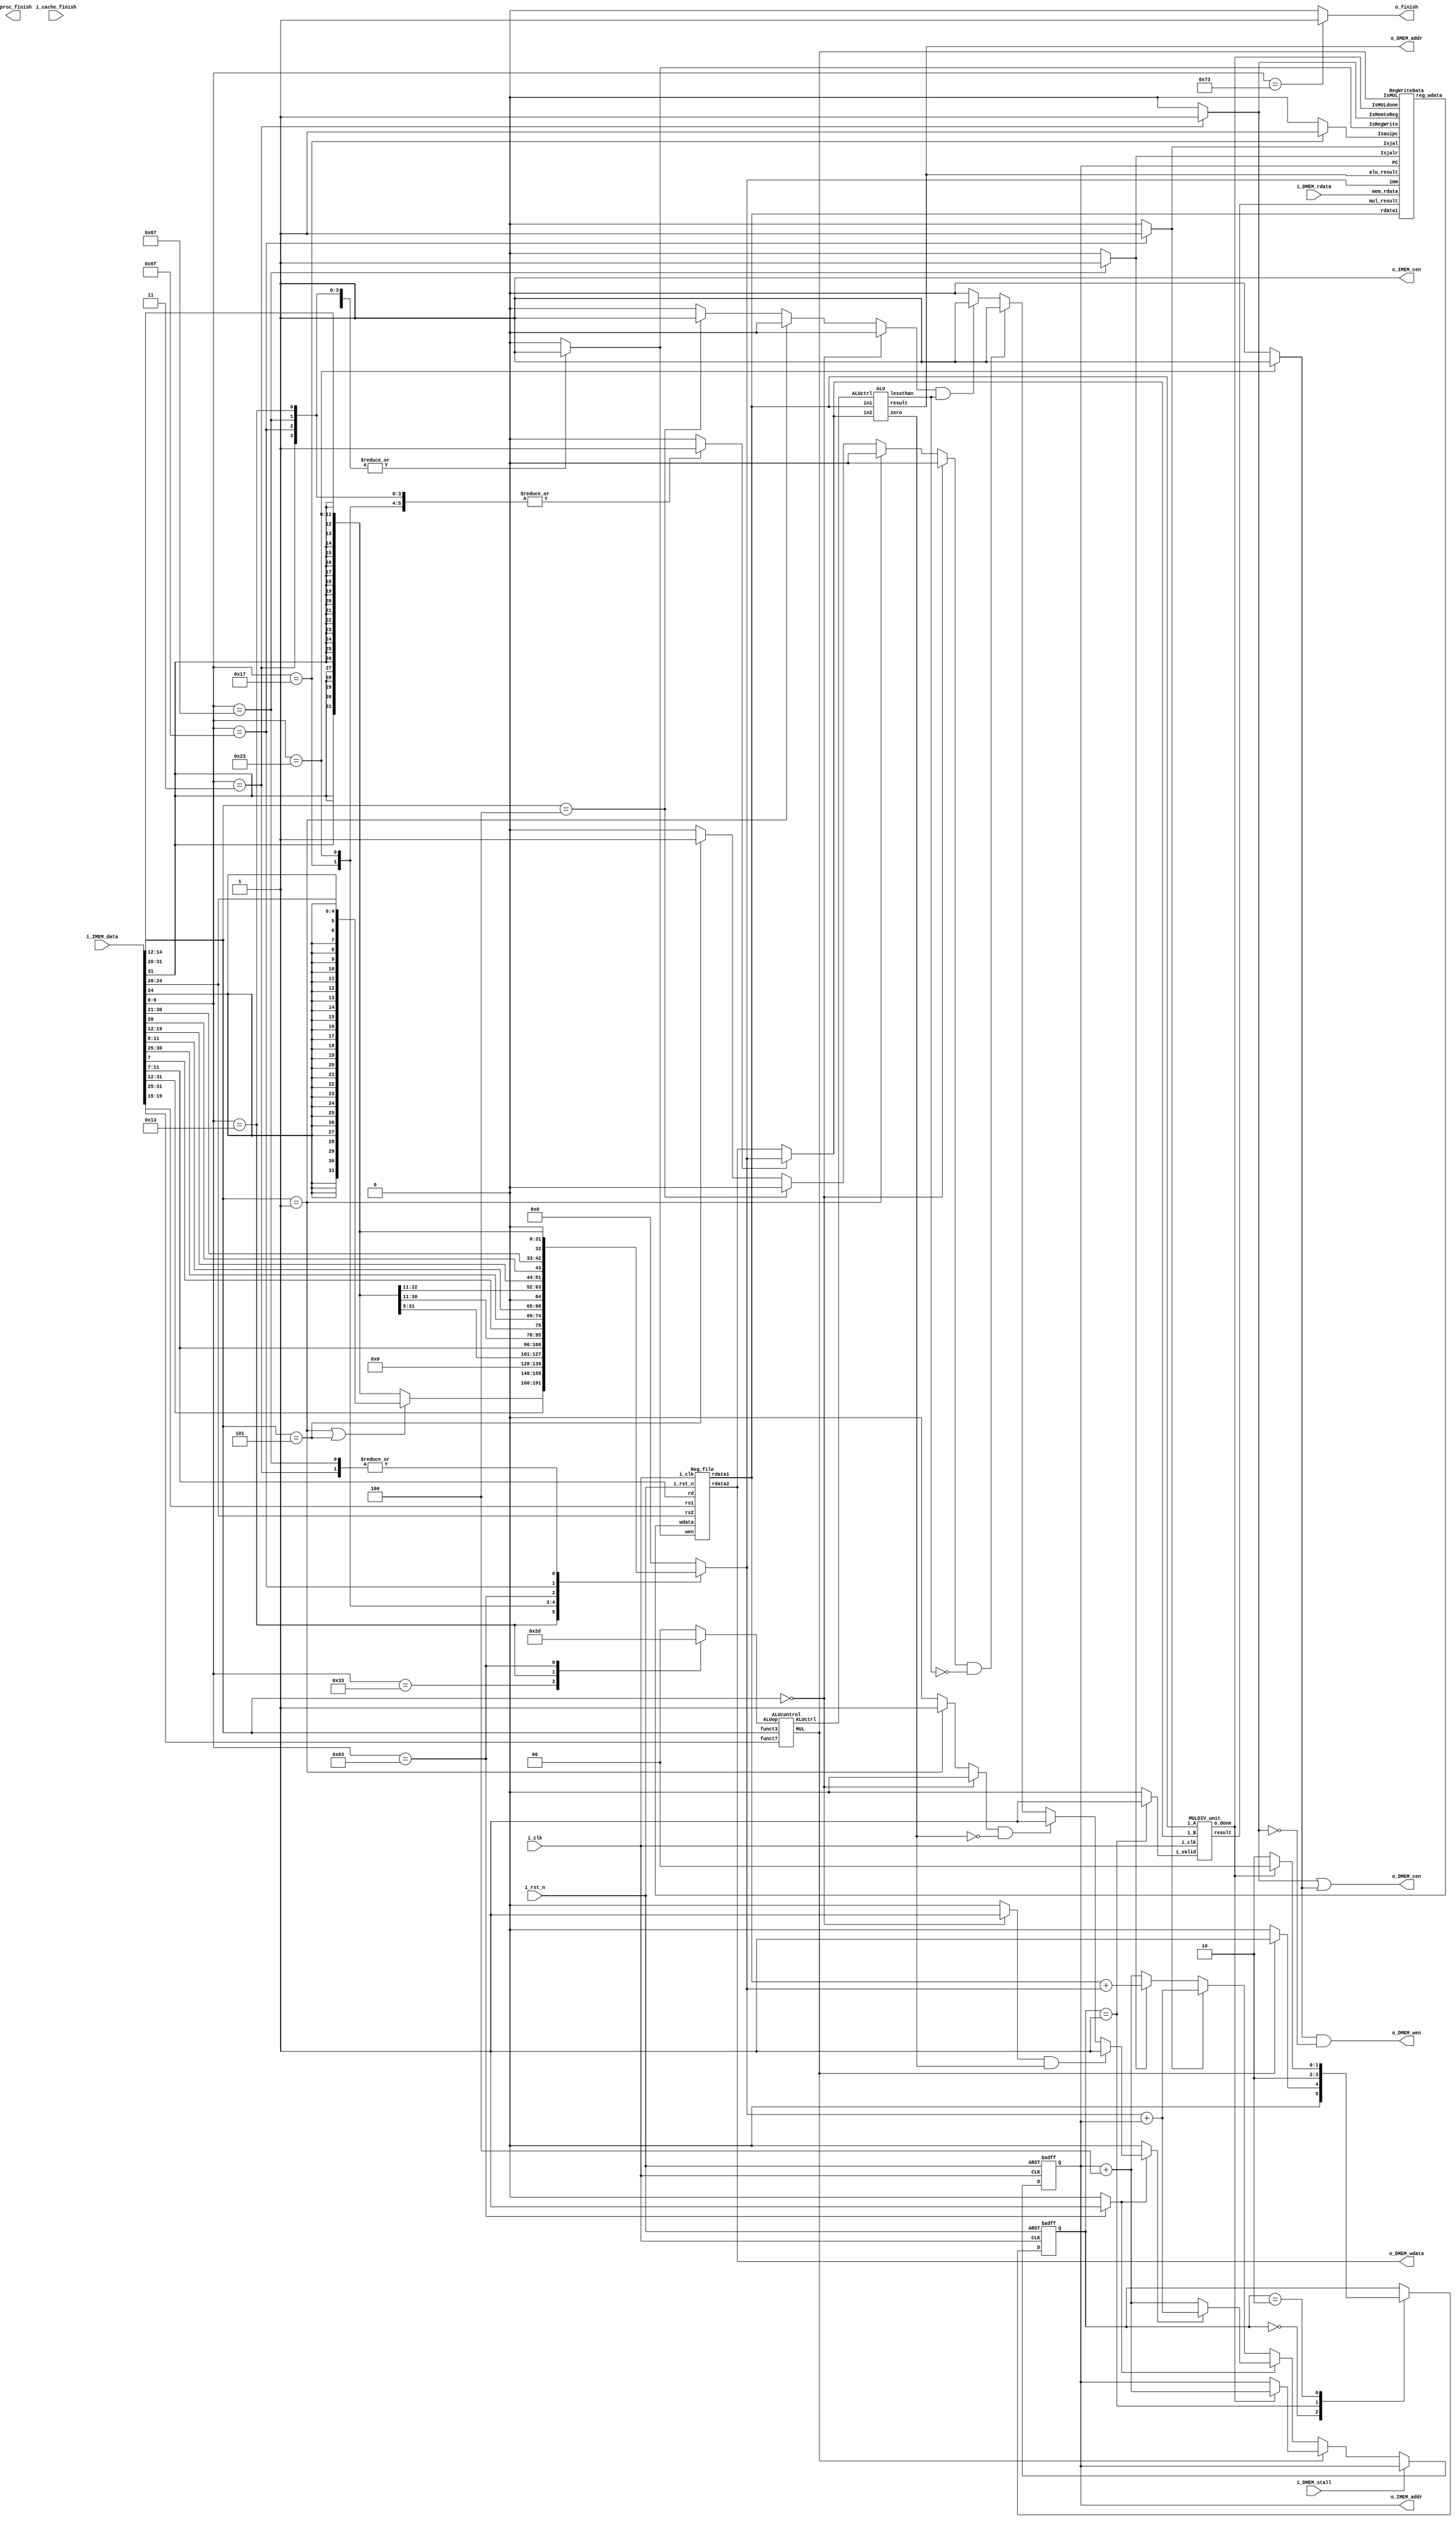
//----------------------------- DO NOT MODIFY THE I/O INTERFACE!! ------------------------------//
module CHIP #(                                                                                  //
    parameter BIT_W = 32                                                                        //
)(                                                                                              //
    // clock                                                                                    //
        input               i_clk,                                                              //
        input               i_rst_n,                                                            //
    // instruction memory                                                                       //
        input  [BIT_W-1:0]  i_IMEM_data,                                                        //
        output [BIT_W-1:0]  o_IMEM_addr,                                                        //
        output              o_IMEM_cen,                                                         //
    // data memory                                                                              //
        input               i_DMEM_stall,                                                       //
        input  [BIT_W-1:0]  i_DMEM_rdata,                                                       //
        output              o_DMEM_cen,                                                         //
        output              o_DMEM_wen,                                                         //
        output [BIT_W-1:0]  o_DMEM_addr,                                                        //
        output [BIT_W-1:0]  o_DMEM_wdata,                                                       //
    // finnish procedure                                                                        //
        output              o_finish,                                                           //
    // cache                                                                                    //
        input               i_cache_finish,                                                     //
        output              o_proc_finish                                                       //
);                                                                                              //
//----------------------------- DO NOT MODIFY THE I/O INTERFACE!! ------------------------------//

// ------------------------------------------------------------------------------------------------------------------------------------------------------
// Parameters
// ------------------------------------------------------------------------------------------------------------------------------------------------------

    // TODO: any declaration
    // opcode
    parameter R_type = 7'b0110011; // add, sub, and, xor, mul
    parameter I_type = 7'b0010011; // addi, slli, slti, srai(not including lw and jalr)
    parameter auipc_type  = 7'b0010111; // auipc
    parameter sw_type = 7'b0100011; // sw
    parameter lw_type = 7'b0000011; // lw
    parameter B_type = 7'b1100011; // beq, bge, blt, bne
    parameter jal_type = 7'b1101111; // jal
    parameter jalr_type = 7'b1100111; // jalr
    parameter ecall_type = 7'b1110011; // ecall
    //state
    parameter S_IDLE = 2'd0;
    parameter S_MUL_init = 2'd1;
    parameter S_MUL = 2'd2;

// ------------------------------------------------------------------------------------------------------------------------------------------------------
// Wires and Registers
// ------------------------------------------------------------------------------------------------------------------------------------------------------
    
    // TODO: any declaration
    reg [BIT_W-1:0] PC, next_PC;
    reg [31:0] imm;

    //wire mem_cen, mem_wen;
    //wire [BIT_W-1:0] mem_addr, mem_wdata, mem_rdata;
    //wire mem_stall;
    wire [6:0] opcode;
    wire [2:0] funct3;
    wire [6:0] funct7;
    wire [4:0] rs1, rs2, rd;

    wire [BIT_W-1:0] reg_rdata_1, reg_rdata_2, reg_wdata, alu_in1, alu_in2, alu_result, mul_result;
    //control signal
    wire zero, lessthan, goBranch, IsMUL, MULdone;
    reg Branch, MemRead, MemtoReg, MemWrite, ALUsrc, RegWrite, Isecall;
    reg [1:0] ALUop;
    wire [2:0] ALUctrl;
    reg dojal, dojalr, auipc_ctrl, isbeq, isbne, isblt, isbge;
    reg goBranch_reg;
    //mul
    reg [1:0] state, state_nxt;
    reg mul_valid_reg;
    wire mul_valid;
        


// ------------------------------------------------------------------------------------------------------------------------------------------------------
// Continuous Assignment
// ------------------------------------------------------------------------------------------------------------------------------------------------------
    // TODO: any wire assignment
    assign o_IMEM_cen = 1'b1;
    assign o_IMEM_addr = PC;
    assign opcode = i_IMEM_data[6:0];
    assign funct3 = i_IMEM_data[14:12];
    assign funct7 = i_IMEM_data[31:25];
    assign rs2 = i_IMEM_data[24:20];
    assign rs1 = i_IMEM_data[19:15];
    assign rd = i_IMEM_data[11:7];
    assign goBranch = goBranch_reg;
    //assignment for alu
    assign alu_in1 = reg_rdata_1;
    assign alu_in2 = (ALUsrc)? imm : reg_rdata_2;
    //assignment for memory
    assign o_DMEM_cen = MemRead | MemWrite;
    assign o_DMEM_wen = MemWrite & (~MemRead);
    assign o_DMEM_addr = alu_result;
    assign o_DMEM_wdata = reg_rdata_2;
    //assignment for mul
    assign mul_valid = mul_valid_reg;
    //assignment for finish
    assign o_finish = Isecall;
// ------------------------------------------------------------------------------------------------------------------------------------------------------
// Submoddules
// ------------------------------------------------------------------------------------------------------------------------------------------------------
    ALU alu(
        .in1(alu_in1), 
        .in2(alu_in2), 
        .ALUctrl(ALUctrl), 
        .result(alu_result), 
        .zero(zero), 
        .lessthan(lessthan)
    );
    MULDIV_unit mul(
        .result(mul_result), 
        .o_done(MULdone), 
        .i_clk(i_clk), 
        .i_valid(mul_valid), 
        .i_A(alu_in1), 
        .i_B(alu_in2)
    );
    ALUcontrol alucontrol(
        .ALUop(ALUop), 
        .MUL(IsMUL), 
        .ALUctrl(ALUctrl), 
        .funct7(funct7), 
        .funct3(funct3)
    );
    RegWriteData regwd(
        .Isjal(dojal), 
        .Isjalr(dojalr), 
        .Isauipc(auipc_ctrl), 
        .IsMemtoReg(MemtoReg), 
        .IsRegWrite(RegWrite), 
        .reg_wdata(reg_wdata), 
        .IsMUL(IsMUL),
        .IsMULdone(MULdone),
        .PC(PC), 
        .imm(imm), 
        .mem_rdata(i_DMEM_rdata), 
        .alu_result(alu_result),
        .mul_result(mul_result),
        .rdata1(alu_in1)
    );
    // TODO: Reg_file wire connection
    Reg_file reg0(               
        .i_clk  (i_clk),             
        .i_rst_n(i_rst_n),         
        .wen    (RegWrite),          
        .rs1    (rs1),                
        .rs2    (rs2),                
        .rd     (rd),                 
        .wdata  (reg_wdata),             
        .rdata1 (reg_rdata_1),           
        .rdata2 (reg_rdata_2)
    );

// ------------------------------------------------------------------------------------------------------------------------------------------------------
// Always Blocks
// ------------------------------------------------------------------------------------------------------------------------------------------------------
    
    // Todo: any combinational/sequential circuit
    
    // Control 
    // reg Branch, MemRead, MemtoReg, MemWrite, ALUsrc, RegWrite;
    always @(*) begin
        ALUsrc = 0;
        RegWrite = 0;
        Branch = 0;
        MemtoReg = 0;
        MemWrite = 0;
        MemRead = 0;
        dojal = 0;
        dojalr = 0;
        Isecall = 0;
        auipc_ctrl = 0;
        ALUop = 2'b0;
        // will use ALU: lw,sw,B_type,R_type,I_type
        // ALUop=00:lw,sw 01:B_type 10:R_type 11:I_type
        case(opcode)
            R_type: begin
                ALUsrc = 0;
                RegWrite = 1;
                ALUop = 2'b10;
                MemWrite = 0;
                MemRead = 0;
                MemtoReg = 0;
            end
            I_type: begin // addi, slli, slti, srai
                ALUsrc = 1;
                ALUop = 2'b11;
                RegWrite = 1;
                MemWrite = 0;
                MemRead = 0;
                MemtoReg = 0;
            end
            auipc_type: begin
                ALUsrc = 1;
                ALUop = 2'b0;
                RegWrite = 1; // rd stores pc+imm
                MemWrite = 0;
                MemRead = 0;
                MemtoReg = 0;
                auipc_ctrl = 1;
            end
            sw_type: begin
                ALUsrc = 1;
                ALUop = 2'b0;  
                RegWrite = 0;
                MemWrite = 1;
                MemRead = 0;
                MemtoReg = 0;
            end
            lw_type: begin
                ALUsrc = 1;
                ALUop = 2'b0;
                RegWrite = 1;
                MemWrite = 0;
                MemRead = 1;
                MemtoReg = 1;
            end
            B_type: begin
                ALUsrc = 0;
                ALUop = 2'b01;
                RegWrite = 0;
                MemWrite = 0;
                MemRead = 0;
                MemtoReg = 0;
                Branch = 1; // branch
            end
            jal_type: begin
                ALUsrc = 1;
                ALUop = 2'b0;
                RegWrite = 1; // write pc+4 to rd
                MemWrite = 0;
                MemRead = 0;
                MemtoReg = 0;
                dojal = 1;
            end
            jalr_type: begin
                ALUsrc = 1;
                ALUop = 2'b0;
                RegWrite = 1; // write pc+4 to rd
                MemWrite = 0;
                MemRead = 0;
                MemtoReg = 0;
                dojalr = 1;
            end
            ecall_type: begin
                ALUsrc = 0;
                ALUop = 2'b0;
                RegWrite = 0; // write pc+4 to rd
                MemWrite = 0;
                MemRead = 0;
                MemtoReg = 0;
                dojalr = 0;
                Isecall = 1;
            end
        endcase
    end

    // determine beq, bne, blt, bge
    always@(*) begin
        isbeq = 0;
        isbne = 0;
        isblt = 0;
        isbge = 0;
        if(funct3 == 3'b000)
            isbeq = 1;
        else if(funct3 == 3'b001)
            isbne = 1;
        else if(funct3 == 3'b100)
            isblt = 1;
        else if(funct3 == 3'b101)
            isbge = 1;
    end
    
    
    // ImmGen part
    always@(*) begin
        imm = 0;
        case(opcode)
            I_type: begin // addi, slli, slti, srai
                if(funct3 == 3'b001 || funct3 == 3'b101) // slli, srai are different 
                    imm = {{27{i_IMEM_data[24]}}, i_IMEM_data[24:20]};
                else // addi, slti
                    imm = {{20{i_IMEM_data[31]}}, i_IMEM_data[31:20]}; // 12 bits imm, sign extension
            end
            auipc_type: 
                imm = {i_IMEM_data[31:12], 12'b0};
            sw_type: 
                imm = {{20{i_IMEM_data[31]}}, i_IMEM_data[31:25], i_IMEM_data[11:7]};
            lw_type: // lw is I-type
                imm = {{20{i_IMEM_data[31]}}, i_IMEM_data[31:20]}; 
            B_type: 
                imm = {{20{i_IMEM_data[31]}}, i_IMEM_data[7], i_IMEM_data[30:25], i_IMEM_data[11:8], 1'b0}; 
            jal_type:
                imm = {{12{i_IMEM_data[31]}}, i_IMEM_data[19:12], i_IMEM_data[20], i_IMEM_data[30:21], 1'b0};
            jalr_type: // jalr is I-type
                imm = {{20{i_IMEM_data[31]}}, i_IMEM_data[31:20]};
        endcase
    end
    //FSM for mul
    always @(*) begin
        case(state)
            S_IDLE: begin 
                state_nxt = (IsMUL) ? S_MUL_init: S_IDLE;
                mul_valid_reg = 1'b0;
            end
            S_MUL_init: begin
                state_nxt = S_MUL;
                mul_valid_reg = 1'b1;
            end
            S_MUL: begin
                state_nxt = (MULdone) ? S_IDLE: S_MUL;
                mul_valid_reg = 1'b0;
            end          
            default : begin
                state_nxt = state;
                mul_valid_reg = 1'b0;
            end
        endcase
    end
    always @(posedge i_clk or negedge i_rst_n) begin
        if (!i_rst_n) begin
            state <= 32'b0;
        end
        else begin
            state <= state_nxt;
        end
    end
    //Determine when to goBranch
    always @(*) begin
        goBranch_reg = 1'b0;
        if (Branch) begin
            if(isbeq && zero)
                goBranch_reg = 1'b1;
            else if(isbne && ~zero)
                goBranch_reg = 1'b1;
            else if(isbge && ~lessthan)
                goBranch_reg = 1'b1;
            else if(isblt && lessthan)
                goBranch_reg = 1'b1;
            else 
                goBranch_reg = 1'b0;
        end
    end
    // deal with PC change
    always @(*) begin
        // PCadd4 = PC + 4;
        if(i_DMEM_stall)
            next_PC = PC;
        else if(IsMUL) begin // MUL
            if(MULdone)
                next_PC = PC + 32'd4;
            else
                next_PC = PC;
        end
        else if(Branch) // B-type
            next_PC = (goBranch) ? (imm + PC) : (PC + 32'd4); // goBranch from
        else if(dojal) // jal
            next_PC = PC + imm; // PC + offset
        else if(dojalr) // jalr
            next_PC = reg_rdata_1 + imm; // set PC = rs1 + offset
        else
            next_PC = PC + 32'd4;
    end

    always @(posedge i_clk or negedge i_rst_n) begin
        if (!i_rst_n) begin
            PC <= 32'h00010000; // Do not modify this value!!!
        end
        else begin
            PC <= next_PC;
        end
    end

    
endmodule

module Reg_file(i_clk, i_rst_n, wen, rs1, rs2, rd, wdata, rdata1, rdata2);
   
    parameter BITS = 32;
    parameter word_depth = 32;
    parameter addr_width = 5; // 2^addr_width >= word_depth
    
    input i_clk, i_rst_n, wen; // wen: 0:read | 1:write
    input [BITS-1:0] wdata;
    input [addr_width-1:0] rs1, rs2, rd;

    output [BITS-1:0] rdata1, rdata2;

    reg [BITS-1:0] mem [0:word_depth-1];
    reg [BITS-1:0] mem_nxt [0:word_depth-1];

    integer i;

    assign rdata1 = mem[rs1];
    assign rdata2 = mem[rs2];

    always @(*) begin
        for (i=0; i<word_depth; i=i+1)
            mem_nxt[i] = (wen && (rd == i)) ? wdata : mem[i];
    end

    always @(posedge i_clk or negedge i_rst_n) begin
        if (!i_rst_n) begin
            mem[0] <= 0;
            for (i=1; i<word_depth; i=i+1) begin
                case(i)
                    32'd2: mem[i] <= 32'hbffffff0;
                    32'd3: mem[i] <= 32'h10008000;
                    default: mem[i] <= 32'h0;
                endcase
            end
        end
        else begin
            mem[0] <= 0;
            for (i=1; i<word_depth; i=i+1)
                mem[i] <= mem_nxt[i];
        end       
    end
endmodule
module ALUcontrol(MUL, ALUctrl, funct7, funct3, ALUop);
    input [1:0] ALUop;
    input [2:0] funct3;
    input [6:0] funct7;
    output [2:0] ALUctrl;
    output MUL;
    reg [2:0] ALUctrl;
    reg MUL;

    parameter ADD  = 3'd0;
    parameter SUB  = 3'd1;
    parameter AND  = 3'd2;
    parameter XOR  = 3'd3;
    parameter SLT  = 3'd4;
    parameter SRA  = 3'd5;
    parameter SLL  = 3'd6;
    always @(*) begin
        ALUctrl = 3'd7;
        MUL = 1'b0;
        case (ALUop)
            2'b00: ALUctrl = ADD;
            2'b01: ALUctrl = SUB;
            2'b10: case (funct3)
                3'b000: begin
                    if(funct7[5]&&~funct7[0])       //func7 = 0100000
                        ALUctrl = SUB;
                    else if(~funct7[5]&&~funct7[0]) //func7 = 0000000
                        ALUctrl = ADD;
                    else                          //func7 = 0000001
                        MUL = 1'b1;
                end
                3'b001: ALUctrl = SLL;
                3'b010: ALUctrl = SLT;
                3'b100: ALUctrl = XOR;
                3'b101: ALUctrl = SRA;
                3'b111: ALUctrl = AND;
                endcase
            2'b11: case (funct3)
                3'b000: ALUctrl = ADD;
                3'b001: ALUctrl = SLL;
                3'b010: ALUctrl = SLT;
                3'b101: ALUctrl = SRA;
                endcase
            default:begin
                ALUctrl = 3'd7;
                MUL = 1'b0;
            end
        endcase
    end
endmodule

module RegWriteData (
    Isjal, Isjalr, Isauipc, IsMemtoReg, IsRegWrite, IsMUL, IsMULdone, reg_wdata, PC, imm, mem_rdata, alu_result, mul_result, rdata1
);
    input Isjal, Isjalr, Isauipc, IsMemtoReg, IsRegWrite, IsMUL, IsMULdone;
    input  [31:0] PC, imm, mem_rdata, alu_result, mul_result, rdata1;
    output [31:0] reg_wdata;
    reg [31:0] wdata;
    assign reg_wdata = wdata;

    always @(*) begin
        if(IsRegWrite) begin
            if(IsMemtoReg)            //store
                wdata = mem_rdata;
            else if(Isjal | Isjalr)   //jal or jalr
                wdata = PC + 32'd4;
            else if(Isauipc)          //auipc
                wdata = PC + imm;
            else if(IsMUL)
                wdata = IsMULdone? mul_result : rdata1;
            else                      //R_type or I_type
                wdata = alu_result;
        end
        else
            wdata = 32'b0;
    end
endmodule

module ALU(in1, in2, ALUctrl, result, zero, lessthan);
    parameter DATA_W = 32;
    input  [DATA_W-1:0] in1; 
    input  [DATA_W-1:0] in2;
    input  [2:0]        ALUctrl;
    output [DATA_W-1:0] result;
    output              zero, lessthan;

    parameter ADD   = 3'd0;
    parameter SUB   = 3'd1;
    parameter AND   = 3'd2;
    parameter XOR   = 3'd3;
    parameter SLT   = 3'd4;
    parameter SRA   = 3'd5;
    parameter SLL   = 3'd6;
    parameter DONTH = 3'd7;

    wire signed [DATA_W-1: 0] signed_in1, signed_in2;
    reg [DATA_W-1:0] result_reg;
    reg zero_reg, lessthan_reg;

    
    assign signed_in1 = in1;
    assign signed_in2 = in2;
    assign result = result_reg[DATA_W-1:0];
    assign zero = zero_reg;
    assign lessthan = lessthan_reg;
    
    always @(*) begin
        case (ALUctrl)
            ADD: begin
                result_reg = in1 + in2;
                zero_reg = 1'b0;
                lessthan_reg = 1'b0;
                //overflow
                if (in1[31] == in2[31]) begin
                    if (~in1[31] && result_reg[31]) result_reg = {1'b0,{31{1'b1}}};
                    else if (in1[31] && ~result_reg[31]) result_reg = {1'b1,{31{1'b0}}};
                end
            end
            SUB: begin
                result_reg = signed_in1 - signed_in2;
                zero_reg = 1'b0;
                lessthan_reg = 1'b0;
                //overflow
                if (in1[31] != in2[31]) begin
                    if (~in1[31] && in2[31] && result_reg[31]) result_reg = {1'b0,{31{1'b1}}};
                    else if (in1[31] && ~in2[31] && ~result_reg[31]) result_reg = {1'b1,{31{1'b0}}};
                end
                //zero for beq, bne
                if(result_reg == 32'b0) zero_reg = 1'b1;
                else zero_reg = 1'b0;
                //lessthan for bge, blt
                if(result_reg[31] == 1'b1) lessthan_reg = 1'b1;
                else lessthan_reg = 1'b0;
            end
            AND: begin 
                result_reg = in1 & in2;
                zero_reg = 1'b0;
                lessthan_reg = 1'b0;
            end
            XOR: begin
                result_reg = in1 ^ in2;
                zero_reg = 1'b0;
                lessthan_reg = 1'b0;
            end
            SLT: begin 
                result_reg = (signed_in1 < signed_in2)? 32'b1:32'b0;
                zero_reg = 1'b0;
                lessthan_reg = 1'b0;
            end
            SRA: begin 
                result_reg = {{32{in1[31]}},in1} >> in2;
                zero_reg = 1'b0;
                lessthan_reg = 1'b0;
            end
            SLL: begin 
                result_reg = in1 << in2;
                zero_reg = 1'b0;
                lessthan_reg = 1'b0;
            end
            default: begin 
                result_reg = 32'b0;
                zero_reg = 1'b0;
                lessthan_reg = 1'b0;
            end
        endcase
    end
endmodule


module MULDIV_unit(
    result, o_done, i_clk, i_valid, i_A, i_B
);
    // Todo: HW2
    parameter DATA_W = 32;
    input  i_clk, i_valid;
    input  [DATA_W - 1 : 0]     i_A;    // input operand A
    input  [DATA_W - 1 : 0]     i_B;    // input operand B
    output [DATA_W - 1 : 0]     result; // output value
    output                      o_done; // output valid signal
//Parameter
    //ALUctrl
    //state
    parameter S_IDLE           = 1'd0;
    parameter S_MULTI_CYCLE_OP = 1'd1;

    reg                  state, state_nxt;
    reg  [  DATA_W-1: 0] operand_a, operand_a_nxt;
    reg  [  DATA_W-1: 0] operand_b, operand_b_nxt;
    reg  [         5: 0] counter;
    reg  [  2*DATA_W: 0] result_reg;
    reg  o_done_reg;

    assign result[DATA_W-1:0] = result_reg[DATA_W-1:0];
    assign o_done = o_done_reg;

    always @(*) begin
        if (i_valid) begin
            operand_a_nxt = i_A;
            operand_b_nxt = i_B;
        end
        else begin
            operand_a_nxt = operand_a;
            operand_b_nxt = operand_b;
        end
    end
    //FSM
    always @(*) begin
        case(state)
            S_IDLE           : begin
                if(!i_valid) state_nxt <= S_IDLE;
                else state_nxt <= (i_valid) ? S_MULTI_CYCLE_OP : S_IDLE;
            end
            S_MULTI_CYCLE_OP : state_nxt <= (counter == 6'd33) ? S_IDLE : state;
            default : state_nxt <= S_IDLE;
        endcase
    end
    //counter
    always @(negedge i_clk or negedge i_valid) begin
        if(~i_valid) counter <= counter + 6'd1;
        else counter <= 0;
    end
    //MUL
    always @(negedge i_clk) begin
        if (i_valid) result_reg = i_A;
        if (state == S_MULTI_CYCLE_OP) begin
                if(counter >= 0)begin
                    result_reg = (result_reg[0]) ? {result_reg[64:32] + operand_b, result_reg[31:0]}: result_reg;
                    result_reg = result_reg >> 1;
                end
                else result_reg = 32'b0;
        end
    end
    //o_done signal
    always @(posedge i_clk) begin
        case (state)
            S_MULTI_CYCLE_OP : o_done_reg <= (counter == 6'd32)? 1'b1: 1'b0;
            default: o_done_reg <= 1'b0;
        endcase
    end
    //Sequential always block
    always @(posedge i_clk)begin
        state       <= state_nxt;
        operand_a   <= operand_a_nxt;
        operand_b   <= operand_b_nxt;
    end
endmodule

module Cache#(
        parameter BIT_W = 32,
        parameter ADDR_W = 32
    )(
        input i_clk,
        input i_rst_n,
        // processor interface
            input i_proc_cen,
            input i_proc_wen,
            input [ADDR_W-1:0] i_proc_addr,
            input [BIT_W-1:0]  i_proc_wdata,
            output [BIT_W-1:0] o_proc_rdata,
            output o_proc_stall,
            input i_proc_finish,
            output o_cache_finish,
        // memory interface
            output o_mem_cen,
            output o_mem_wen,
            output [ADDR_W-1:0] o_mem_addr,
            output [BIT_W*4-1:0]  o_mem_wdata,
            input [BIT_W*4-1:0] i_mem_rdata,
            input i_mem_stall,
            output o_cache_available,
        // others
            input  [ADDR_W-1: 0] i_offset
    );

    assign o_cache_available = 0; // change this value to 1 if the cache is implemented

    //------------------------------------------//
    //          default connection              //
    assign o_mem_cen = i_proc_cen;              //
    assign o_mem_wen = i_proc_wen;              //
    assign o_mem_addr = i_proc_addr;            //
    assign o_mem_wdata = i_proc_wdata;          //
    assign o_proc_rdata = i_mem_rdata[0+:BIT_W];//
    assign o_proc_stall = i_mem_stall;          //
    //------------------------------------------//

    // Todo: BONUS

endmodule